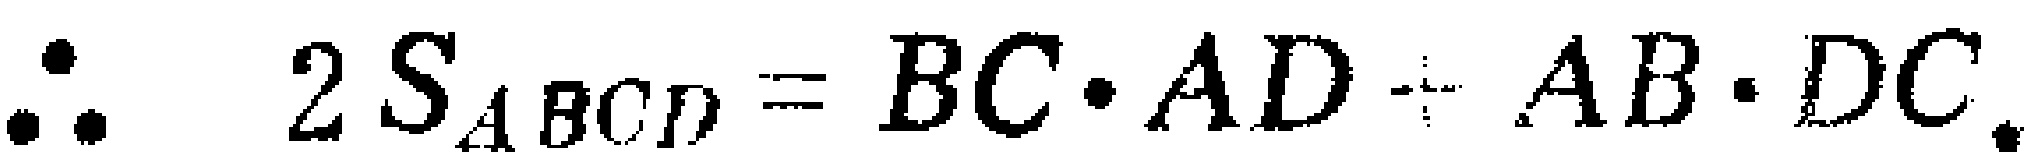
\(\therefore 2S_{ABCD}=BC\cdot AD + AB\cdot DC.\)